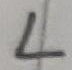
Text: L